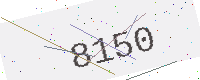
Text: 8150